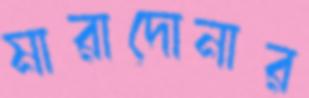
মারাদোনার